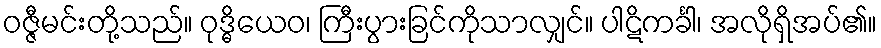
ဝဇ္ဇီမင်းတို့သည်။ ဝုဒ္ဓိယေဝ၊ ကြီးပွားခြင်ကိုသာလျှင်။ ပါဋိကင်္ခါ၊ အလိုရှိအပ်၏။